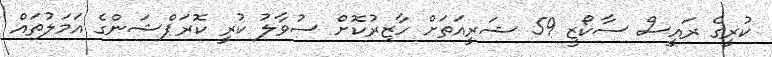
ކުރީގެ ރައީސް ސާކޯޒީ 59 ޝަރީއަަތަށް ހާޒިރުކޮށް ސުވާލު ކުރީ ކޮރަޕްޝަންގެ އަމަލުތައް